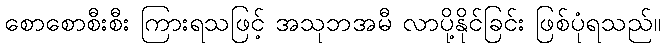
စောစောစီးစီး ကြားရသဖြင့် အသုဘအမီ လာပို့နိုင်ခြင်း ဖြစ်ပုံရသည်။